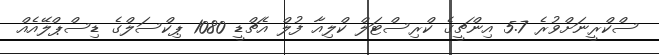
ސްކްރީނަށްވުރެ 5.7 އިންޗީގެ ކްރިސްޓަލް ކްލިއާ ފުލް އެޗްޑީ 1080 ޕިކްސަލްގެ ޑިސްޕްލޭއެއް